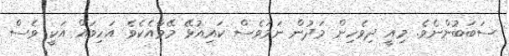
ސަބަބުންނެވެ. މިއީ ދިވެހިން މަދުން ނަމަވެސް ކައިއުޅޭ މޭވާއެެކެވެ. އަހިވައް އަކީ ވެސް